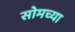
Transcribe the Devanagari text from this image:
सोमच्या